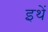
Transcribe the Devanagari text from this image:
इथें